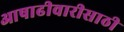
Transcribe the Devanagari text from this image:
आषाढीवारीसाठी